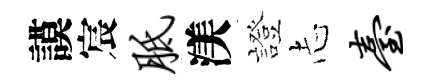
謨宸胝渼證𢖽台